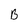
Character: B